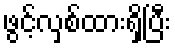
ဖွင့်လှစ်ထားရှိပြီး